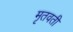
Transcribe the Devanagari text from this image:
मृतवती